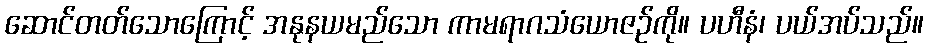
ဆောင်တတ်သောကြောင့် အနုနယမည်သော ကာမရာဂသံယောဇဉ်ကို။ ပဟီနံ၊ ပယ်အပ်သည်။